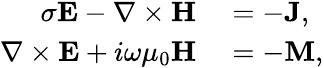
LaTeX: \begin{array}{rl}{\sigma\mathbf{E}-\nabla\times\mathbf{H}}&{{}=-\mathbf{J},}\\ {\nabla\times\mathbf{E}+i\omega\mu_{0}\mathbf{H}}&{{}=-\mathbf{M},}\end{array}